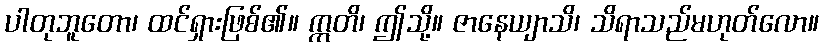
ပါတုဘူတော၊ ထင်ရှားဖြစ်၏။ ဣတိ၊ ဤသို့။ ဇာနေယျာသိ၊ သိရာသည်မဟုတ်လော။